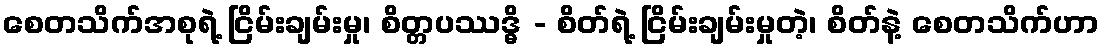
စေတသိက်အစုရဲ့ ငြိမ်းချမ်းမှု၊ စိတ္တပဿဒ္ဓိ - စိတ်ရဲ့ ငြိမ်းချမ်းမှုတဲ့၊ စိတ်နဲ့ စေတသိက်ဟာ